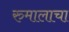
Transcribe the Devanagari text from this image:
रुमालाचा